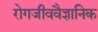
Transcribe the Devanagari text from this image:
रोगजीववैज्ञानिक